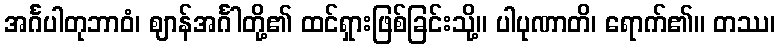
အင်္ဂပါတုဘာဝံ၊ ဈာန်အင်္ဂါတို့၏ ထင်ရှားဖြစ်ခြင်းသို့။ ပါပုဏာတိ၊ ရောက်၏။ တဿ၊